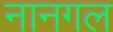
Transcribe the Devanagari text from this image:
नानगल